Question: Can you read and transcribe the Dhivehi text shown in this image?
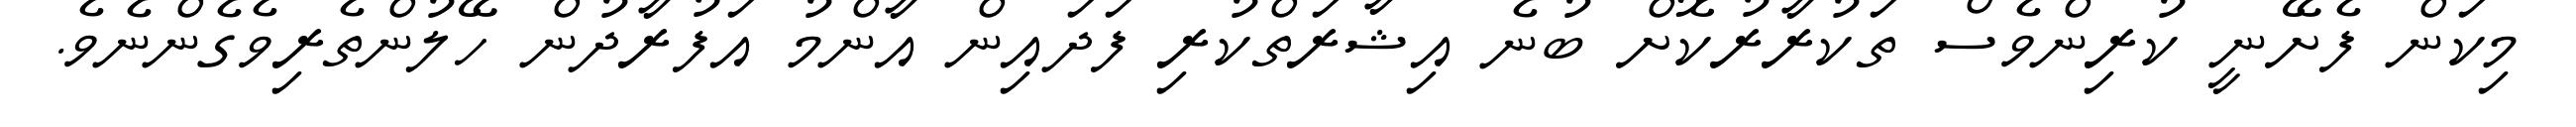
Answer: މިކަން ފެށޭނީ ކުރިންވެސް ތަކުރާރުކޮށް ބުނެ އިޝާރަތްކުރި ފަދައިން އާންމު އަފުރާދުން ހޭލުންތެރިވެގެންނެވެ.